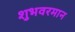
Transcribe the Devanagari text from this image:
शुभवरमान